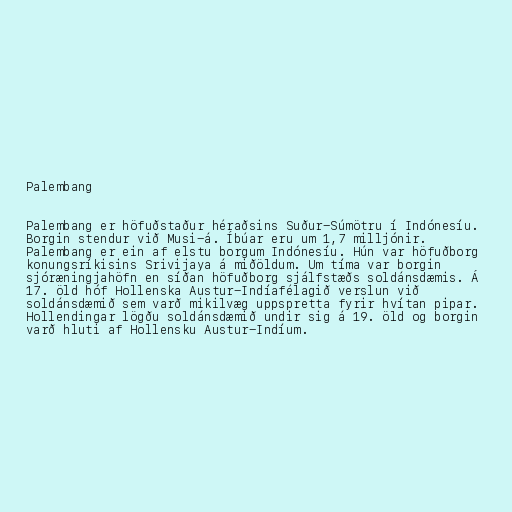
Palembang

Palembang er höfuðstaður héraðsins Suður-Súmötru í Indónesíu.
Borgin stendur við Musi-á. Íbúar eru um 1,7 milljónir.
Palembang er ein af elstu borgum Indónesíu. Hún var höfuðborg
konungsríkisins Srivijaya á miðöldum. Um tíma var borgin
sjóræningjahöfn en síðan höfuðborg sjálfstæðs soldánsdæmis. Á
17. öld hóf Hollenska Austur-Indíafélagið verslun við
soldánsdæmið sem varð mikilvæg uppspretta fyrir hvítan pipar.
Hollendingar lögðu soldánsdæmið undir sig á 19. öld og borgin
varð hluti af Hollensku Austur-Indíum.